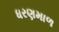
ધરણમાળ